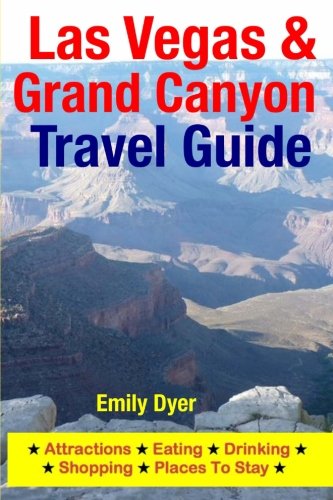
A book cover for Las Vegas & Grand Canyon Travel Guide: Attractions, Eating, Drinking, Shopping & Places To Stay; Emily Dyer; Travel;